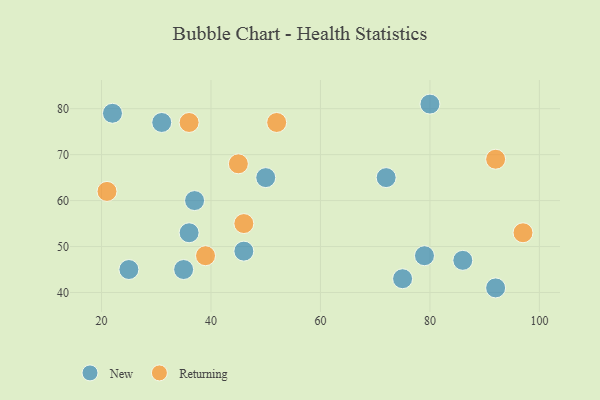
{"axis": {"x": "GDP", "y": "Life Expectancy"}, "legend": ["New", "Returning"], "data": [{"x": "50", "y": 65, "type": "New"}, {"x": "46", "y": 49, "type": "New"}, {"x": "35", "y": 45, "type": "New"}, {"x": "86", "y": 47, "type": "New"}, {"x": "80", "y": 81, "type": "New"}, {"x": "72", "y": 65, "type": "New"}, {"x": "75", "y": 43, "type": "New"}, {"x": "22", "y": 79, "type": "New"}, {"x": "37", "y": 60, "type": "New"}, {"x": "31", "y": 77, "type": "New"}, {"x": "25", "y": 45, "type": "New"}, {"x": "92", "y": 41, "type": "New"}, {"x": "79", "y": 48, "type": "New"}, {"x": "36", "y": 53, "type": "New"}, {"x": "21", "y": 62, "type": "Returning"}, {"x": "46", "y": 55, "type": "Returning"}, {"x": "45", "y": 68, "type": "Returning"}, {"x": "52", "y": 77, "type": "Returning"}, {"x": "92", "y": 69, "type": "Returning"}, {"x": "36", "y": 77, "type": "Returning"}, {"x": "97", "y": 53, "type": "Returning"}, {"x": "39", "y": 48, "type": "Returning"}]}